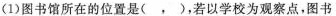
(1)图书馆所在的位置是( ，)，若以学校为观察点，图书